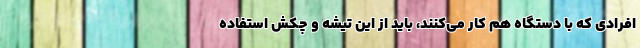
افرادی که با دستگاه هم کار می‌کنند، باید از این تیشه و چکش استفاده